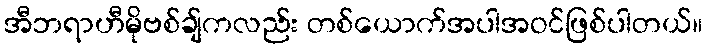
အီဘရာဟီမိုဗစ်ချ်ကလည်း တစ်ယောက်အပါအဝင်ဖြစ်ပါတယ်။